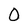
Character: O